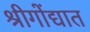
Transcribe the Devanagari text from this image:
श्रीगोंद्यात